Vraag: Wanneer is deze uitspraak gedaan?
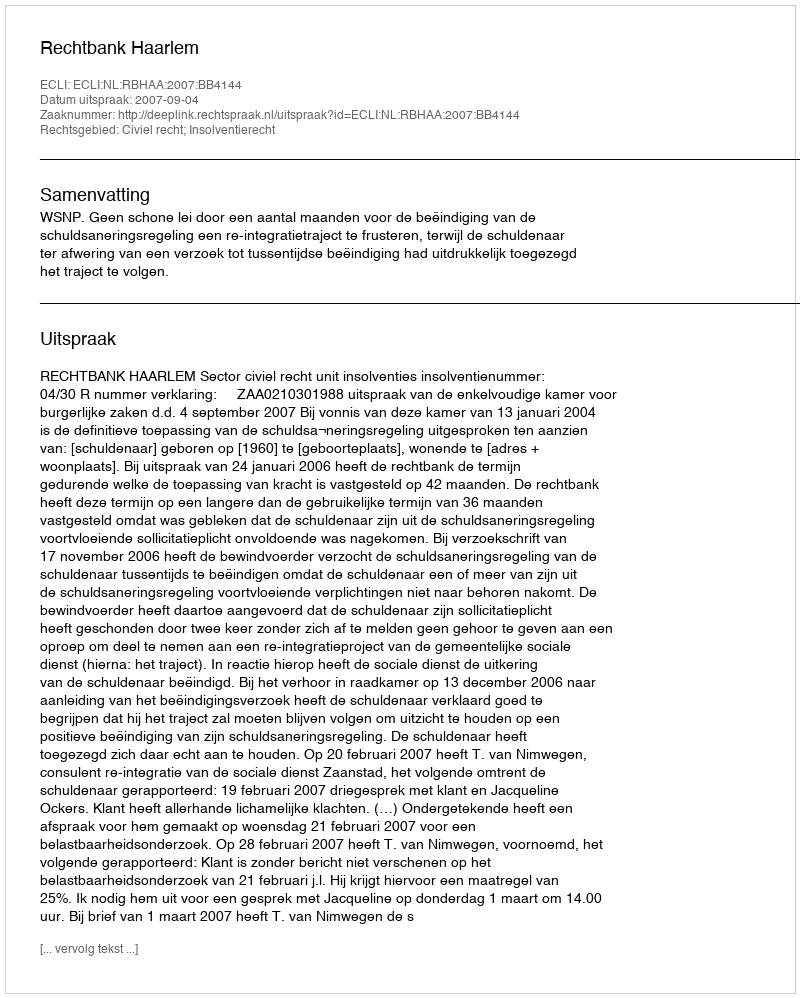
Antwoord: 2007-09-04